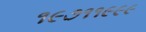
૧૯૭૧૧૯૯૯